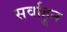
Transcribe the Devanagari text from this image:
सर्वाहून